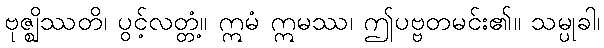
ဗုဇ္ဈိဿတိ၊ ပွင့်လတ္တံ့။ ဣမံ ဣမဿ၊ ဤပဗ္ဗတမင်း၏။ သမ္ပုခါ၊